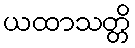
ယထာသတ္တိ